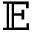
\mathbb { E }